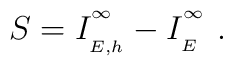
S=I_{\phantom{}_{E,h}}^{\phantom{}^\infty}-I_{\phantom{}_{E}}^{\phantom{}^\infty}\ .